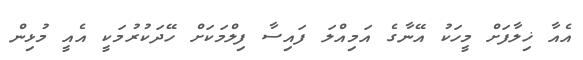
އެއާ ޚިލާފަށް މީހަކު އޭނާގެ އަމިއްލަ ފައިސާ ފިލްމަކަށް ހޭދަކުރުމަކީ އެއީ މުޅިން